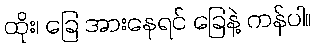
ထိုး၊ ခြေ အားနေရင် ခြေနဲ့ ကန်ပါ။